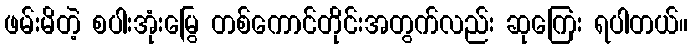
ဖမ်းမိတဲ့ စပါးအုံးမြွေ တစ်ကောင်တိုင်းအတွက်လည်း ဆုကြေး ရပါတယ်။